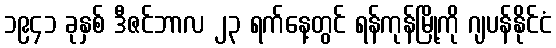
၁၉၄၁ ခုနှစ် ဒီဇင်ဘာလ ၂၃ ရက်နေ့တွင် ရန်ကုန်မြို့ကို ဂျပန်နိုင်ငံ